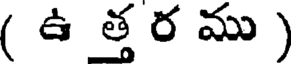
( ఉ త్త ర ము )